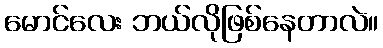
မောင်လေး ဘယ်လိုဖြစ်နေတာလဲ။